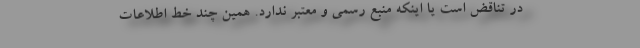
در تناقض است یا اینکه منبع رسمی و معتبر ندارد. همین چند خط اطلاعات